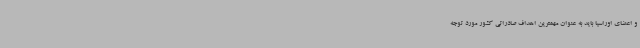
و اعضای اوراسیا باید به عنوان مهمترین اهداف صادراتی کشور مورد توجه